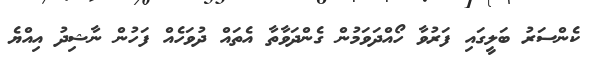
ކެންސަރު ބަލީގައި ފަރުވާ ހޯއްދަވަމުން ގެންދަވާތާ އެތައް ދުވަހެއް ފަހުން ނާޝިދު އިއްޔެ